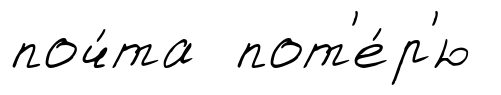
поч́та пот'е́р'ю